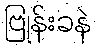
ဗြုန်းခနဲ